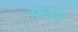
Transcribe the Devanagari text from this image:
पढाए